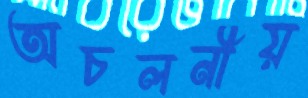
অচলনীয়